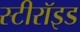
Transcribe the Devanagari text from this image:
स्टीरॉइड